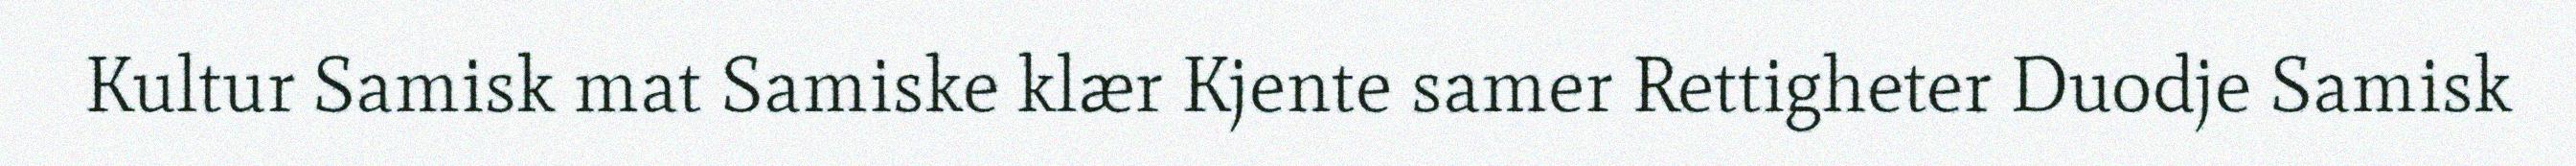
Kultur Samisk mat Samiske klær Kjente samer Rettigheter Duodje Samisk